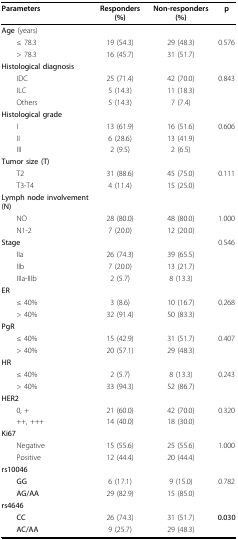
<table><thead><tr><td><b>Parameters</b></td><td><b>Responders (%)</b></td><td><b>Non-responders (%)</b></td><td><b>p</b></td></tr></thead><tbody><tr><td><b>Age </b>(years)</td><td></td><td></td><td></td></tr><tr><td> ≤ 78.3</td><td>19 (54.3)</td><td>29 (48.3)</td><td>0.576</td></tr><tr><td> &gt; 78.3</td><td>16 (45.7)</td><td>31 (51.7)</td><td></td></tr><tr><td><b>Histological diagnosis</b></td><td></td><td></td><td></td></tr><tr><td> IDC</td><td>25 (71.4)</td><td>42 (70.0)</td><td>0.843</td></tr><tr><td> ILC</td><td>5 (14.3)</td><td>11 (18.3)</td><td></td></tr><tr><td> Others</td><td>5 (14.3)</td><td>7 (7.4)</td><td></td></tr><tr><td><b>Histological grade</b></td><td></td><td></td><td></td></tr><tr><td> I</td><td>13 (61.9)</td><td>16 (51.6)</td><td>0.606</td></tr><tr><td> II</td><td>6 (28.6)</td><td>13 (41.9)</td><td></td></tr><tr><td> III</td><td>2 (9.5)</td><td>2 (6.5)</td><td></td></tr><tr><td><b>Tumor size (T)</b></td><td></td><td></td><td></td></tr><tr><td> T2</td><td>31 (88.6)</td><td>45 (75.0)</td><td>0.111</td></tr><tr><td> T3-T4</td><td>4 (11.4)</td><td>15 (25.0)</td><td></td></tr><tr><td><b>Lymph node involvement (N)</b></td><td></td><td></td><td></td></tr><tr><td> NO</td><td>28 (80.0)</td><td>48 (80.0)</td><td>1.000</td></tr><tr><td> N1-2</td><td>7 (20.0)</td><td>12 (20.0)</td><td></td></tr><tr><td><b>Stage</b></td><td></td><td></td><td>0.546</td></tr><tr><td> IIa</td><td>26 (74.3)</td><td>39 (65.5)</td><td></td></tr><tr><td> IIb</td><td>7 (20.0)</td><td>13 (21.7)</td><td></td></tr><tr><td> IIIa-IIIb</td><td>2 (5.7)</td><td>8 (13.3)</td><td></td></tr><tr><td><b>ER</b></td><td></td><td></td><td></td></tr><tr><td> ≤ 40%</td><td>3 (8.6)</td><td>10 (16.7)</td><td>0.268</td></tr><tr><td> &gt; 40%</td><td>32 (91.4)</td><td>50 (83.3)</td><td></td></tr><tr><td><b>PgR</b></td><td></td><td></td><td></td></tr><tr><td> ≤ 40%</td><td>15 (42.9)</td><td>31 (51.7)</td><td>0.407</td></tr><tr><td> &gt; 40%</td><td>20 (57.1)</td><td>29 (48.3)</td><td></td></tr><tr><td><b>HR</b></td><td></td><td></td><td></td></tr><tr><td> ≤ 40%</td><td>2 (5.7)</td><td>8 (13.3)</td><td>0.243</td></tr><tr><td> &gt; 40%</td><td>33 (94.3)</td><td>52 (86.7)</td><td></td></tr><tr><td><b>HER2</b></td><td></td><td></td><td></td></tr><tr><td> 0, +</td><td>21 (60.0)</td><td>42 (70.0)</td><td>0.320</td></tr><tr><td> ++, +++</td><td>14 (40.0)</td><td>18 (30.0)</td><td></td></tr><tr><td><b>Ki67</b></td><td></td><td></td><td></td></tr><tr><td> Negative</td><td>15 (55.6)</td><td>25 (55.6)</td><td>1.000</td></tr><tr><td> Positive</td><td>12 (44.4)</td><td>20 (44.4)</td><td></td></tr><tr><td><b>rs10046</b></td><td></td><td></td><td></td></tr><tr><td> <b>GG</b></td><td>6 (17.1)</td><td>9 (15.0)</td><td>0.782</td></tr><tr><td> <b>AG/AA</b></td><td>29 (82.9)</td><td>15 (85.0)</td><td></td></tr><tr><td><b>rs4646</b></td><td></td><td></td><td></td></tr><tr><td> <b>CC</b></td><td>26 (74.3)</td><td>31 (51.7)</td><td><b>0.030</b></td></tr><tr><td> <b>AC/AA</b></td><td>9 (25.7)</td><td>29 (48.3)</td><td></td></tr></tbody></table>